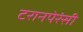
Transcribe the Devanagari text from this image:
टरानपेरंसी